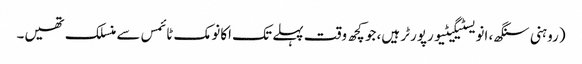
(روہنی سنگھ، انویسٹیگیٹیو رپورٹر ہیں، جو کچھ وقت پہلے تک اکانومک ٹائمس سے منسلک تھیں۔